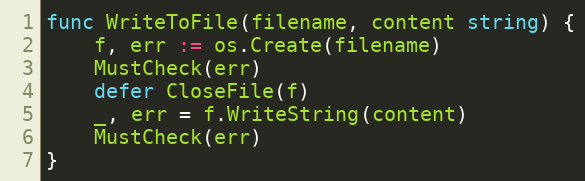
Language: Go
func WriteToFile(filename, content string) {
	f, err := os.Create(filename)
	MustCheck(err)
	defer CloseFile(f)
	_, err = f.WriteString(content)
	MustCheck(err)
}